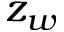
z _ { w }